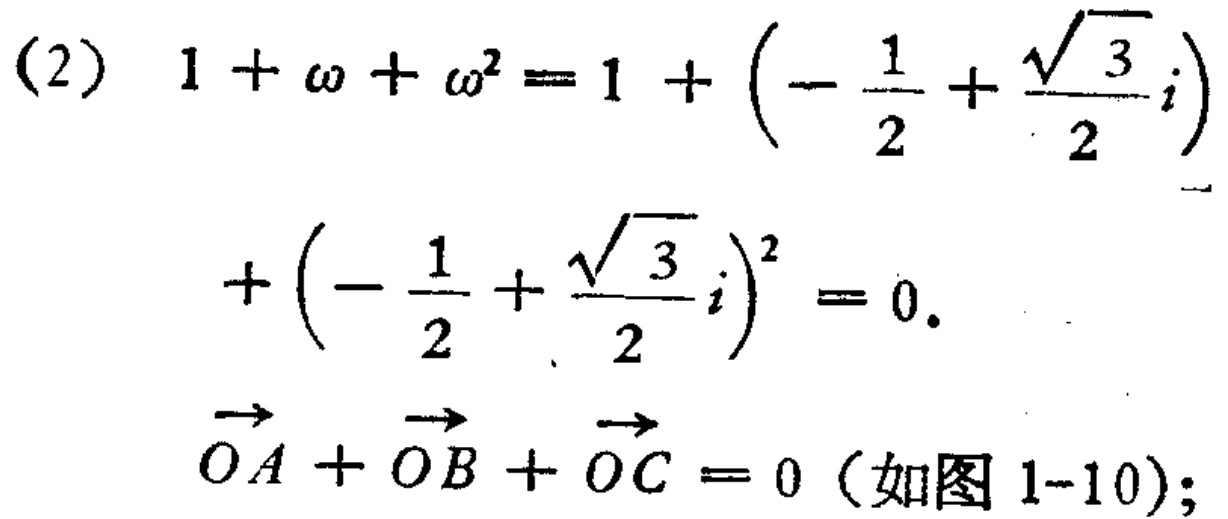
(2) \(1 + \omega+\omega^{2}=1+\left(-\frac{1}{2}+\frac{\sqrt{3}}{2}i\right)+\left(-\frac{1}{2}+\frac{\sqrt{3}}{2}i\right)^{2}=0\).

\(\overrightarrow{OA}+\overrightarrow{OB}+\overrightarrow{OC}=0\) (如图 1-10);